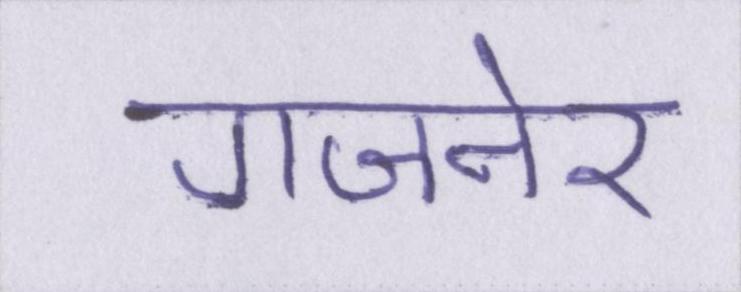
गजनेर